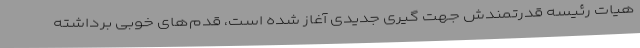
هیات رئیسه قدرتمندش جهت گیری جدیدی آغاز شده است، قدم‌های خوبی برداشته